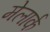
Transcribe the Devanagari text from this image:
मेलार्क